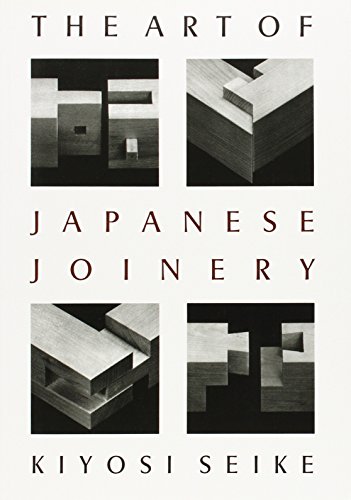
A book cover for The Art Of Japanese Joinery; Kiyosi Seike; Engineering & Transportation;